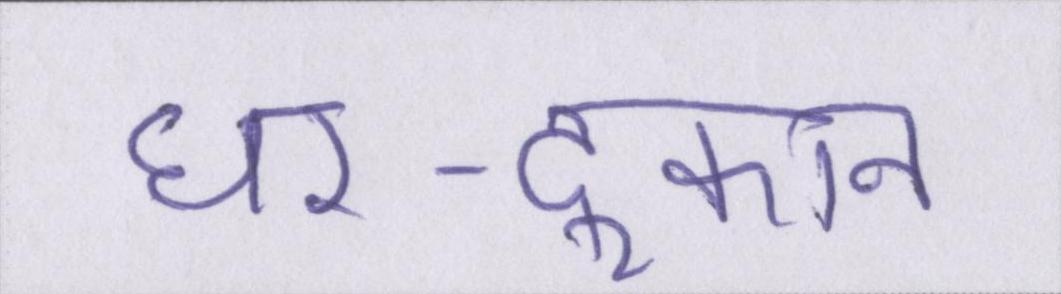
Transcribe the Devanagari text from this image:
घर-दूकान